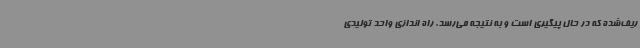
ریف‌شده که در حال پیگیری است و به نتیجه می‌رسد. راه اندازی واحد تولیدی